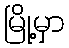
မြို့မှာ